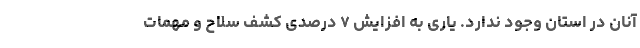
آنان در استان وجود ندارد. یاری به افزایش ۷ درصدی کشف سلاح و مهمات